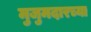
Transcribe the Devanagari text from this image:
मुजुमदारच्या